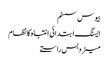
بیوس سسٹم
ایسنگ ابتدائی انتباہ کا نظام
میٹروبس راستے